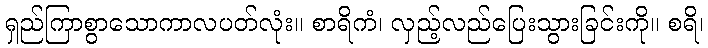
ရှည်ကြာစွာသောကာလပတ်လုံး။ စာရိကံ၊ လှည့်လည်ပြေးသွားခြင်းကို။ စရိ၊